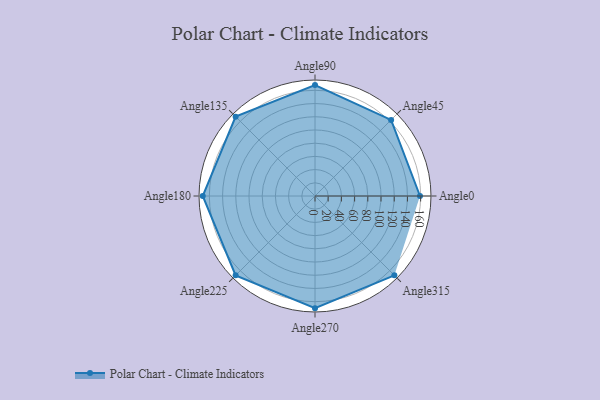
{"axis": {"x": "Angle", "y": "Radius"}, "legend": [""], "data": [{"x": "Angle0", "y": 159.0, "type": ""}, {"x": "Angle45", "y": 163.0, "type": ""}, {"x": "Angle90", "y": 168.0, "type": ""}, {"x": "Angle135", "y": 170, "type": ""}, {"x": "Angle180", "y": 170.0, "type": ""}, {"x": "Angle225", "y": 170, "type": ""}, {"x": "Angle270", "y": 170, "type": ""}, {"x": "Angle315", "y": 170, "type": ""}]}